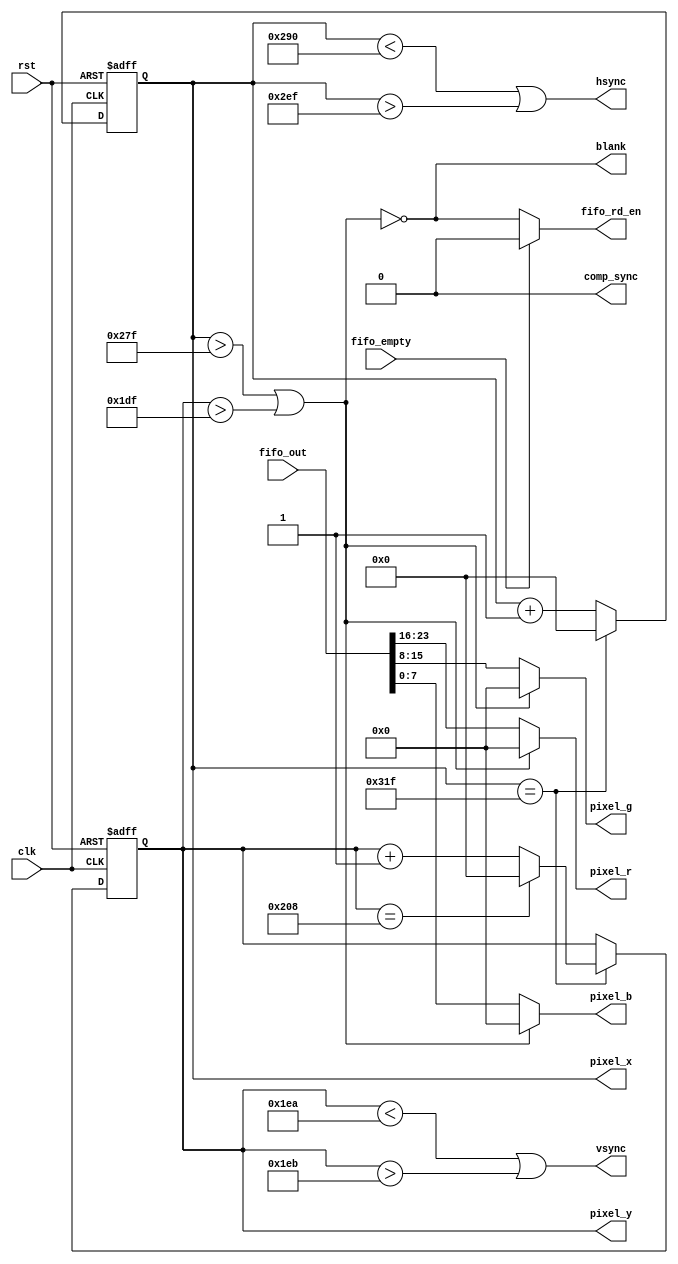
`timescale 1ns / 1ps
//////////////////////////////////////////////////////////////////////////////////
// Company: 
// Engineer: 
// 
// Design Name: 
// Module Name:    vga_logic 
// Project Name: 
// Target Devices: 
// Tool versions: 
// Description: 
//
// Dependencies: 
//
// Revision: 
// Revision 0.01 - File Created
// Additional Comments: 
//
//////////////////////////////////////////////////////////////////////////////////
module vga_logic(clk, rst, blank, comp_sync, hsync, vsync, pixel_x, pixel_y, fifo_out, fifo_rd_en, fifo_empty, pixel_r, pixel_g, pixel_b);
    input clk;
    input rst;
	 input [23:0] fifo_out;
	 input fifo_empty;
	 output fifo_rd_en; 
    output [7:0] pixel_r;
    output [7:0] pixel_g;
    output [7:0] pixel_b;
	 output blank;
	 output comp_sync;
    output hsync;
    output vsync;
    output [9:0] pixel_x;
    output [9:0] pixel_y;
	 
	 reg [9:0] pixel_x;
	 reg [9:0] pixel_y;
	 
	 // pixel_count logic
	 wire [9:0] next_pixel_x;
	 wire [9:0] next_pixel_y;
	 assign next_pixel_x = (pixel_x == 10'd799)? 0 : pixel_x+1;
	 assign next_pixel_y = (pixel_x == 10'd799)?
	                             ((pixel_y == 10'd520) ? 0 : pixel_y+1)
										  : pixel_y;
	 
	 always@(posedge clk, posedge rst)
	   if(rst) begin
		  pixel_x <= 10'h0;
		  pixel_y <= 10'h0;
		end else begin
		  pixel_x <= next_pixel_x;
		  pixel_y <= next_pixel_y;
		end
		
		assign pixel_r = (~blank) ? 0 : fifo_out[23:16]; //only put on pixel-lines when blank is high
		assign pixel_g = (~blank) ? 0 : fifo_out[15:8]; 
		assign pixel_b = (~blank) ? 0 : fifo_out[7:0]; 
		assign fifo_rd_en = (fifo_empty) ? 0 : blank; 	//check if FIFO empty, otherwise read when blank is high	
		assign hsync = (pixel_x < 10'd656) || (pixel_x > 10'd751); // 96 cycle pulse
		assign vsync = (pixel_y < 10'd490) || (pixel_y > 10'd491); // 2 cycle pulse
		assign blank = ~((pixel_x > 10'd639) || (pixel_y > 10'd479)); //pixel out of range
		assign comp_sync = 1'b0; // don't know, dont use
	 
endmodule